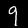
Label: 9